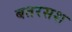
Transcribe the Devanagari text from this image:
बतरसश